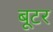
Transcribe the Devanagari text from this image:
बूटर